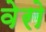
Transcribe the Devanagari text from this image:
वेरो